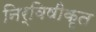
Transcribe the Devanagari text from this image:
निर्विषीकृत